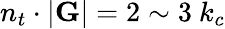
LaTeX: n_{t}\cdot|\textbf{G}|=2\sim 3~k_{c}